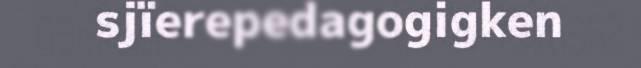
sjïerepedagogigken